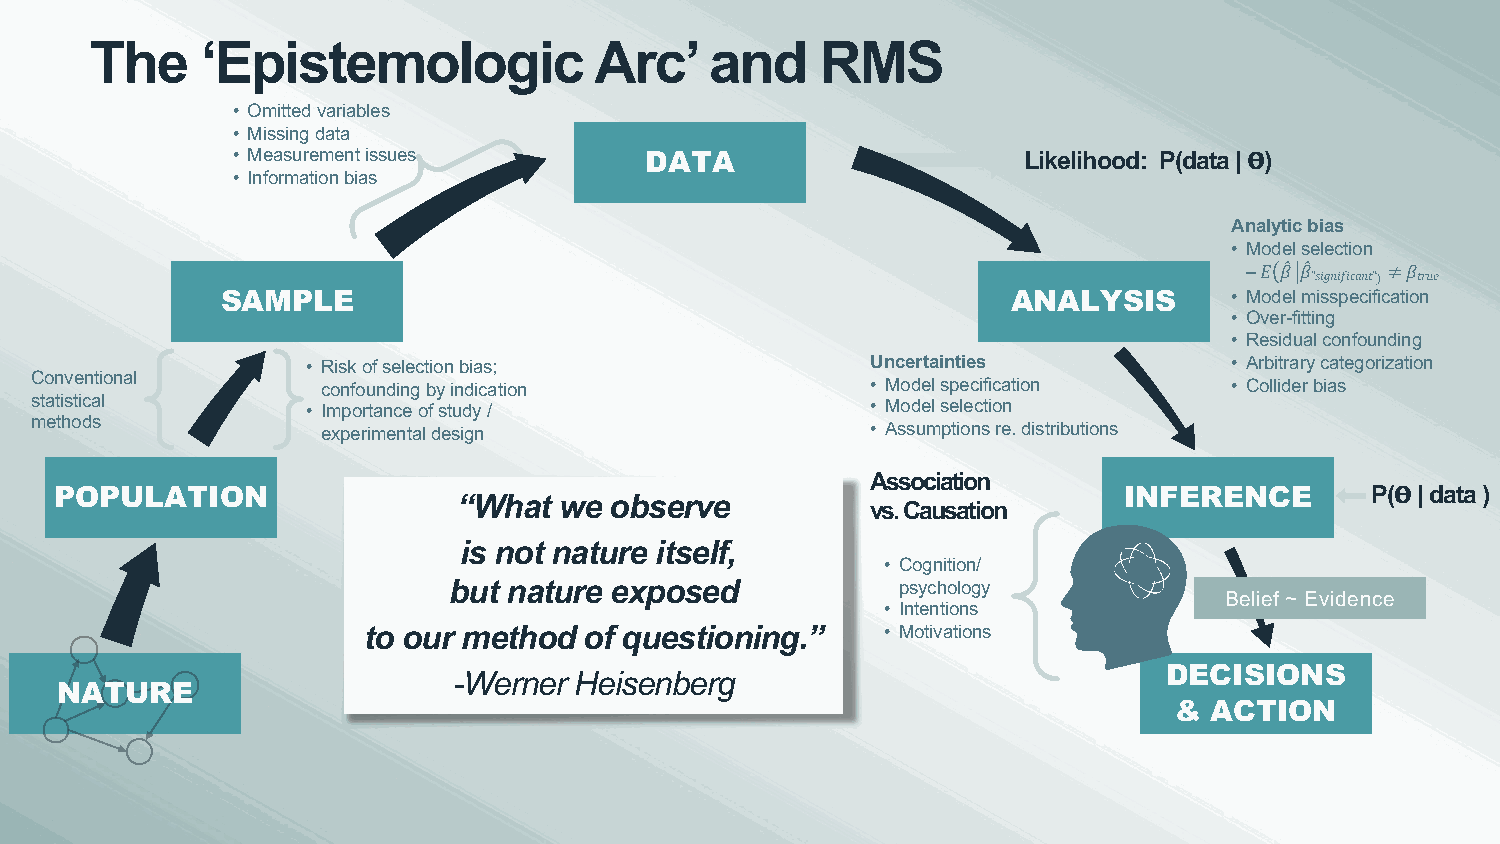
The    ‘Epistemologic            Arc’    and    RMS
 • Omitted variables
 • Missing data
 • Measurement issues        DATA                     Likelihood: P(data | 𝚹)
 • Information bias
 Analytic bias
 • Model selection
 –𝐸 𝛽" 𝛽"  ≠𝛽
 ”𝑠𝑖𝑔𝑛𝑖𝑓𝑖𝑐𝑎𝑛𝑡”) 𝑡𝑟𝑢𝑒
 SAMPLE                                              ANALYSIS       • Model misspecification
 • Over-fitting
 • Residual confounding
 • Risk of selection bias;             Uncertainties           • Arbitrary categorization
 Conventional
 confounding by indication            • Model specification   • Collider bias
 statistical       • Importance of study /               • Model selection
 methods
 experimental design                  • Assumptions re. distributions
 Association
 POPULATION                “What  we observe                           INFERENCE        P(𝚹| data )
 vs. Causation
 is not nature itself,
 • Cognition/
 but nature exposed            psychology
 Belief ~ Evidence
 • Intentions
 to our method  of questioning.”    • Motivations
 -Werner Heisenberg                             DECISIONS
 NATURE
 & ACTION